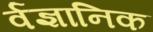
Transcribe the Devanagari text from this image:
र्वज्ञानिक